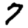
Digit: 7